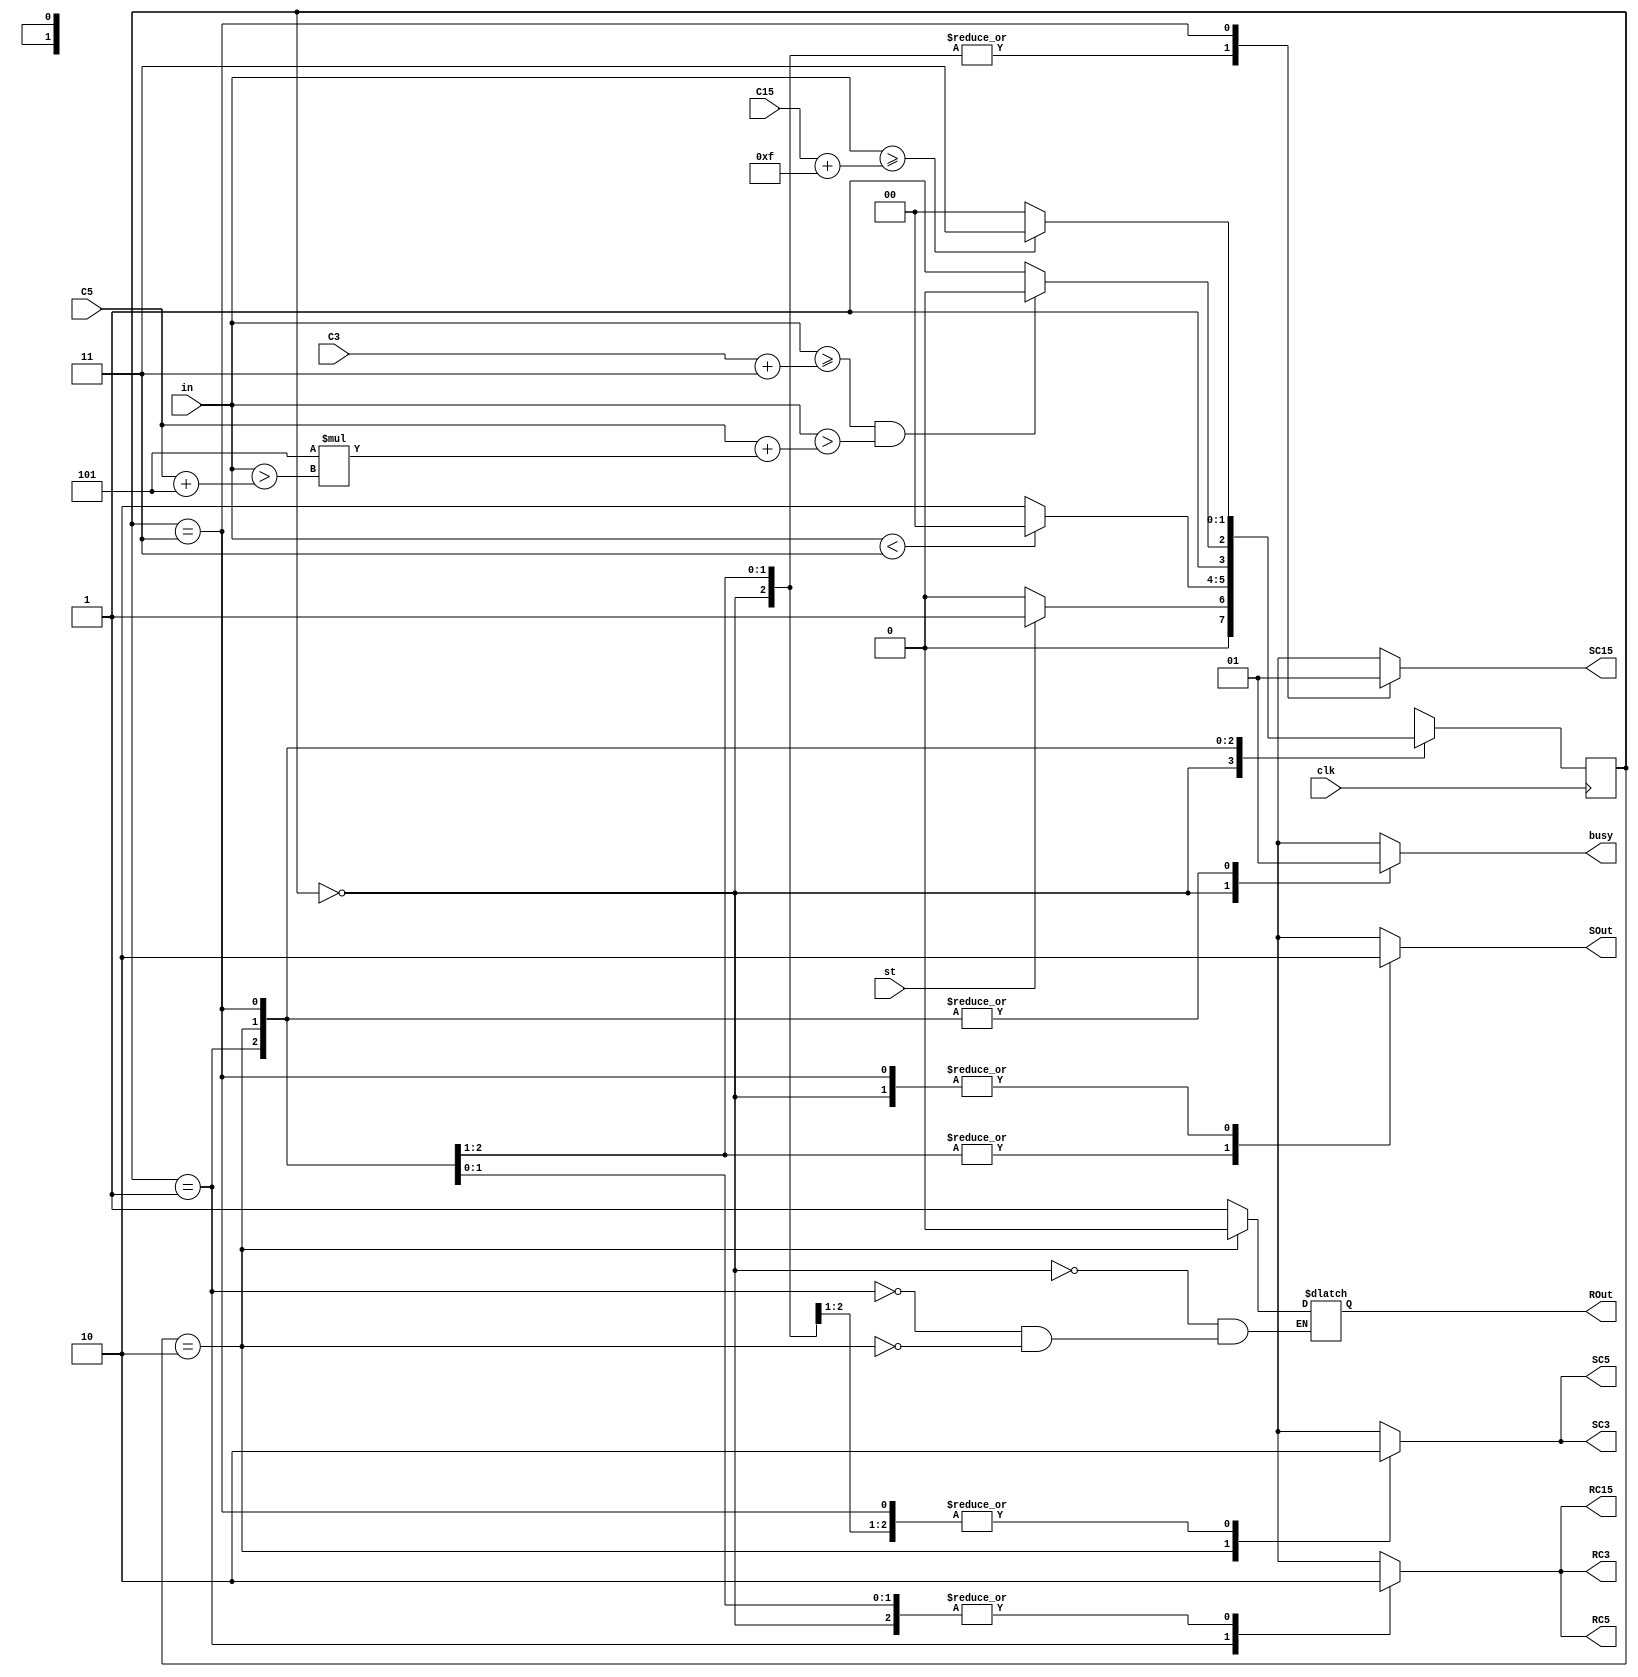
`timescale 1ns / 1ps

module P_FSM(
    input clk,
    input st,
    input [15:0] in,
    input [31:0] C3,C5,C15,
    
    output reg RC3, RC5, RC15, ROut, SC3, SC5, SC15, SOut, busy   
    );

    parameter Hold = 2'b00; 
    parameter In = 2'b01; 
    parameter Sum = 2'b10; 
    parameter End = 2'b11; 
    
    reg [1:0] CS = Hold;     
    reg [1:0] NS;         
  
    always@(posedge clk)
        CS<= NS;
        
    always@(CS,st,C15,C5,C3,in)
        case(CS)
            Hold:
               if(st)
                    NS<=In;
               else
                    NS<=Hold;
            In:
               if(in < 16'b11)
                    NS<=Hold;
               else
                    NS<=Sum;
            Sum:
               if((in >= C3 + 32'd3) && (in > C5+(32'd5*(in > C5 + 32'd5))))
                    NS<=Sum;
               else
                    NS<=End;
            End:
                if(in >= C15 + 32'd15)
                    NS<=End;
                else
                    NS<=Hold;
        endcase
        
    //Asignaciones de la mquina de estados
    always@(CS,NS) begin
        case(CS)
            Hold: begin
                  RC3  <= 0;
                  RC5  <= 0;
                  RC15 <= 0;
                  ROut <= 1;
                  SC3  <= 0;
                  SC5  <= 0;
                  SOut <= 0;
                  SC15 <= 0;
                  busy <= 0;
               end
            In:
               begin
                  RC3  <= 1;
                  RC5  <= 1;
                  RC15 <= 1;
                  ROut <= 1;
                  SC3  <= 0;
                  SC5  <= 0;
                  SC15 <= 0;
                  SOut <= 1;
                  busy <= 1;
               end
            Sum:
               begin
                  RC3  <= 0;
                  RC5  <= 0;
                  RC15 <= 0;
                  ROut <= 0;
                  SC3  <= 1;
                  SC5  <= 1;
                  SC15 <= 0;
                  SOut <= 1;
                  busy <= 1;
               end
            End:
               begin
                  RC3  <= 0;
                  RC5  <= 0;
                  RC15 <= 0;
                  SC3  <= 0;
                  SC5  <= 0;
                  SC15 <= 1;
                  SOut <= 0;
                  busy <= 1;
               end
        endcase           
    end                   
endmodule